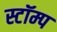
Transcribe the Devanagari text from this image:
स्टॉम्प